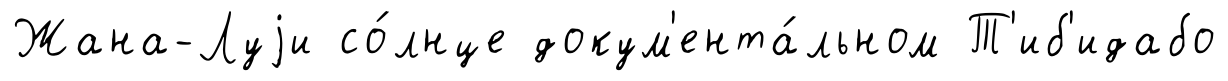
Жана-Луjи со́лнце докум'ента́льном Т'иб'идабо